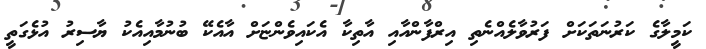
ކަމީލާގެ ކަރުނަތަކަށް ފަރުވާލެއްނެތި އިރްފާންއާއި އާތިކާ އެކައިވެންޏަށް އާއެކޭ ބުނުމާއިއެކު ޔާސިރު އުޅެގަތީ